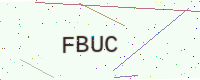
Text: FBUC